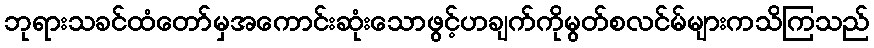
ဘုရားသခင်ထံတော်မှအကောင်းဆုံးသောဖွင့်ဟချက်ကိုမွတ်စလင်မ်များကသိကြသည်